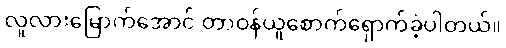
လူလားမြောက်အောင် တာဝန်ယူစောက်ရှောက်ခဲ့ပါတယ်။